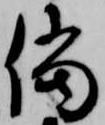
儅